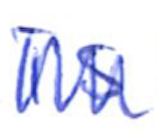
Text: is
Cross-out: zig-zag
Writing tool: ballpoint